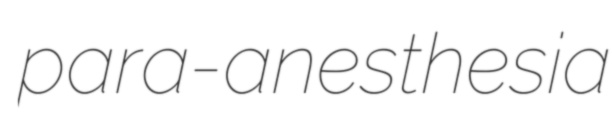
para-anesthesia